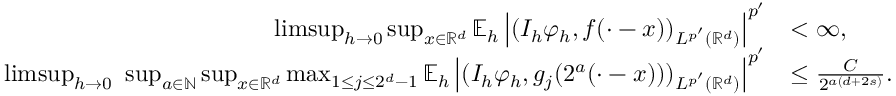
\begin{array} { r l } { \operatorname* { l i m s u p } _ { h \to 0 } \operatorname* { s u p } _ { x \in \mathbb { R } ^ { d } } \mathbb { E } _ { h } \left| ( I _ { h } \varphi _ { h } , f ( \cdot - x ) ) _ { L ^ { p ^ { \prime } } ( \mathbb { R } ^ { d } ) } \right| ^ { p ^ { \prime } } } & { < \infty , } \\ { \operatorname* { l i m s u p } _ { h \to 0 } \ \operatorname* { s u p } _ { a \in \mathbb { N } } \operatorname* { s u p } _ { x \in \mathbb { R } ^ { d } } \operatorname* { m a x } _ { 1 \le j \le 2 ^ { d } - 1 } \mathbb { E } _ { h } \left| ( I _ { h } \varphi _ { h } , g _ { j } ( 2 ^ { a } ( \cdot - x ) ) ) _ { L ^ { p ^ { \prime } } ( \mathbb { R } ^ { d } ) } \right| ^ { p ^ { \prime } } } & { \le \frac { C } { 2 ^ { a ( d + 2 s ) } } . } \end{array}